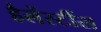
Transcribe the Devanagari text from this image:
हैलेंस्टींस